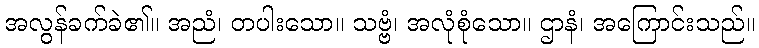
အလွန်ခက်ခဲ၏။ အညံ၊ တပါးသော။ သဗ္ဗံ၊ အလုံစုံသော။ ဌာနံ၊ အကြောင်းသည်။